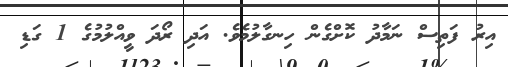
އިރު ފަތިސް ނަމާދު ކޮށްގެން ހިނގާލުމެވެ. އަދި ރޯދަ ވީއްލުމުގެ 1 ގަޑި